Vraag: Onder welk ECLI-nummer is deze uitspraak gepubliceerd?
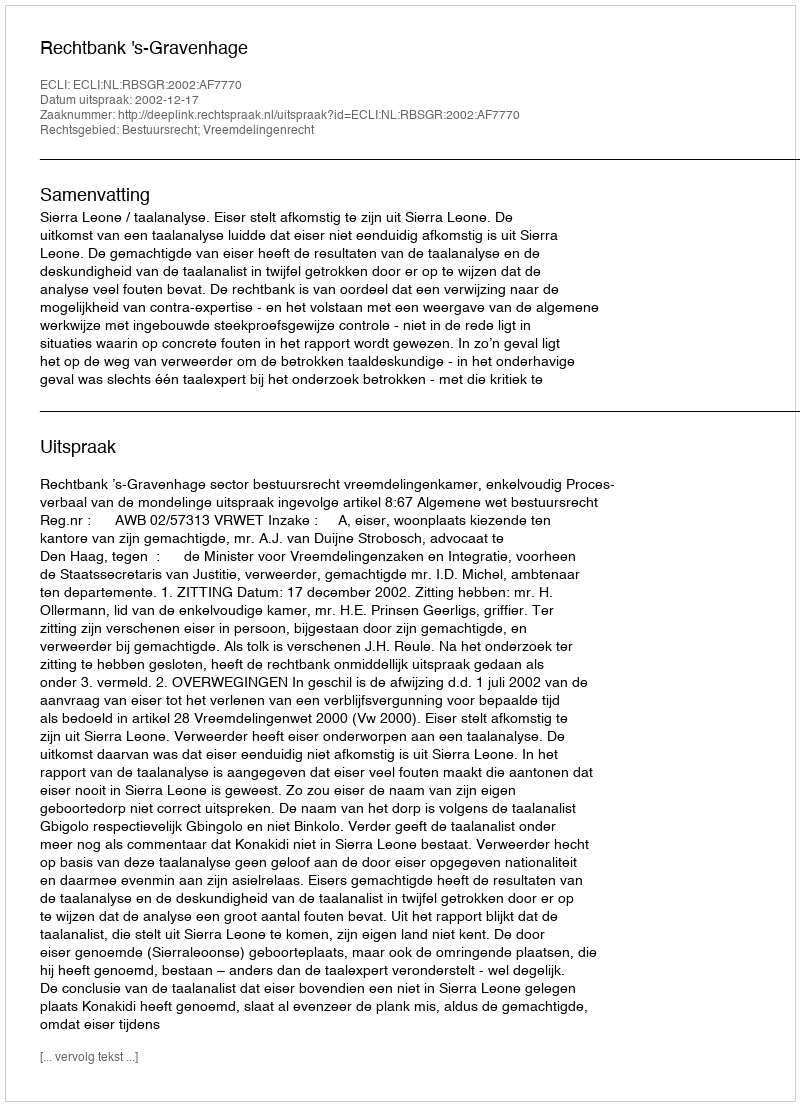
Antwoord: ECLI:NL:RBSGR:2002:AF7770